Cholera in southern India
Disease focus: Cholera
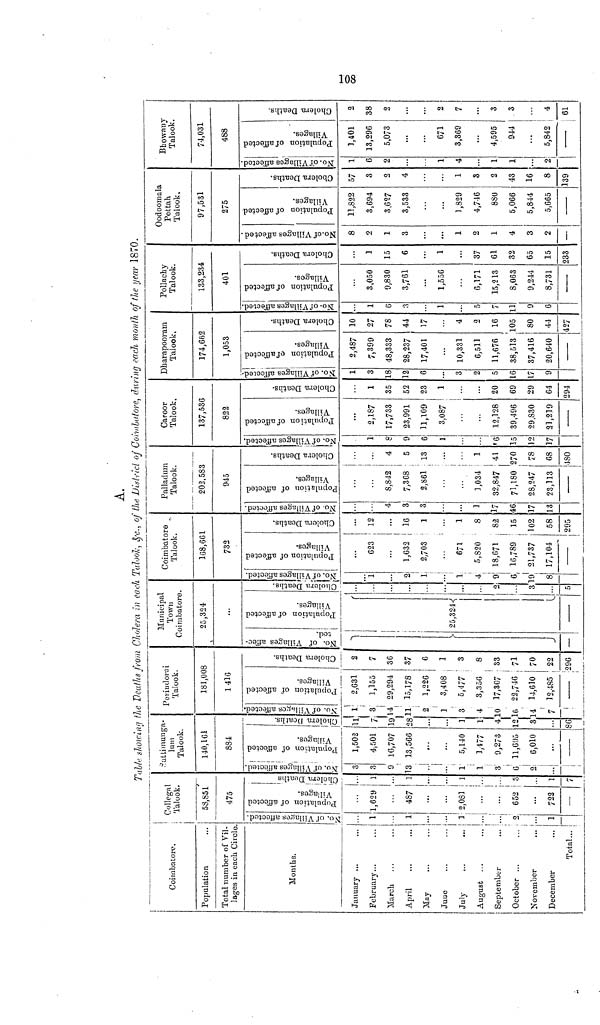
A.
Table· shorcing the Deaths from Cholera in each Talook &·c., of the District of Coimbatore, during each month of the year 1870.
Coimbatore.
Population
Total number of Vil-
lages in each Circle
Months.
January ...
February...
March...
April...
May...
Juue...
July...
August...
September...
October ...
...
November...
...
December...
Total...
Collegal
Talook.
58,851
475
NO.of Villages affected.
...
1
...
1
...
...
1
...
...
2
...i
1
Population of affected
Villages.
...
1,629
...
487
...
...
2,081
...
...
652
...
722
—
Cholera Deaths
...
...
...
1
...
...
1
...
...
3
...
1
7
Sattimunga-
lum
Talook.
140,161
884
NO.of Villages affected.
3
3
9
13
...
...
1
1
3
6
2
...
Population of affected
Villages.
1,502
4,501
16,707
13,566
...
...
5,140
1,177
9,273
11,695
6,010
...
-----
Cholera Deaths.
11
7
19
28
...
...
1
1
4
12
3
...
86
No.of Villages affected
1
1
14
11
2
1
3
4
10
16
14
7
Preiudorai
Talook.
181,008
1416
Population of affected
Villages.
2,631
1,155
29,294
15,178
1,226
3,408
5,477
3,356
17,367
22,746
14,610
12,485
Cholera Deaths.
2
7
36
37
6
1
3
8
33
71
70
22
296
Municipal
Town
Coimbatore.
25,324
...
NO.of Villages affec-
ted
Population of affected
Villages.
25,324
— —
Cholcra Deaths.
...
...
...
...
...
...
...
...
2
...
3
...
5
Coimbatore
Talook.
168,661
732
No.of Villages affected.
...
1
...
2
1
...
1
4
9
...
8
Population of affected
Villages.
...
623
...
1,632
2,703
...
671
5,820
18,671
16,789
21,737
17,104
------
Cholera Deaths.
...
12
...
16
1
...
1
8
82
15
102
58
295
Palladum
Talook.
202,583
945
No.of Villages affected.
...
...
4
3
3
...
...
1
17
46
17
13
Population of affected
Villages.
...
...
8,842
7,368
2,861
...
...
1,034
32,847
71,180
28,247
23,113
-----
Cholera Deaths.
...
...
4
5
13
...
...
1
41
270
78
68
180
Caroor
Talook.
137,536
822
NO.of Villages affected.
...
1
8
9
6
1
...
...
6
15
12
17
Populations of affected
Villages.
...
2,187
17,733
23,991
11,109
3,087
...
...
12,128
39,496
29,830
21,219
Cholera Deaths.
...
1
35
52
23
1
...
...
20
69
29
64
294
Dharapooram
Talook,
174,662
1,053
No.of Villages affected.
1
3
18
12
6
...
3
2
5
16
17
9
Populations of affected
Villages.
2,487
7,399
48,333
28,237
17,401
...
10,331
6,511
11,676
38,513
37,416
20,640
-----
Cholera Deaths.
10
27
78
44
17
...
4
2
16
105
80
44
127
Pollachy
Talook.
133,234
401
No. of Villages affected
1
6
3
...
1
...
5
7
11
9
6
Population of affected
Villages.
3,050
9,830
3,761
...
1,556
...
6,171
15,213
8,063
9,244
8,731
-----
Cholera Deaths.
1
15
6
...
1
...
37
61
32
65
15
233
Oodoomala
Pettah
Talook.
97,531
275
No.of Villages affected.
8
2
1
3
...
1
2
1
4
3
2
Population of affected
Villages.
11,822
3,694
3,627
3,533
...
...
l,829
4,746
8S0
5,066
5,844
5,665
Cholera Deaths.
57
3
2
4
...
...
1
3
2
43
16
8
139
Bhowany
Talook.
74,031
488
No.of Villages affected.
1
6
2
...
...
1
4
...
1
1
...
2
Population of affected
Villages.
3,401
13,296
5,073
...
671
3,369
...
4,595
944
...
5,842
----
Cholera Deaths.
2
38
2
...
2
7
...
3
3
...
4
61
108